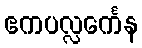
ဧကပလ္လင်္ကေန